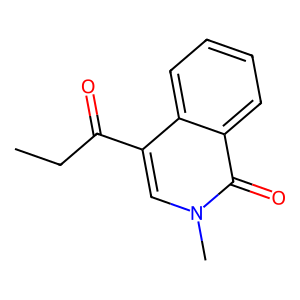
SMILES: CCC(=O)c1cn(C)c(=O)c2ccccc12
Inhibits HIV replication: No